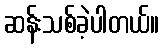
ဆန်းသစ်ခဲ့ပါတယ်။